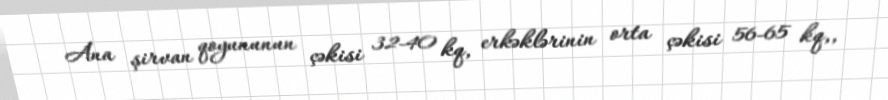
Ana şirvan qoyununun çəkisi 32-40 kq, erkəklərinin orta çəkisi 56-65 kq,,